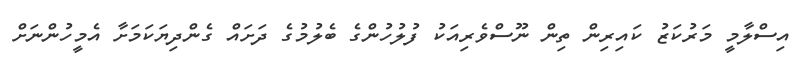
އިސްލާމީ މަރުކަޒު ކައިރިން ތިން ނޫސްވެރިއަކު ފުލުހުންގެ ބެލުމުގެ ދަށައް ގެންދިޔަކަމަށާ އެމީހުންނަށް